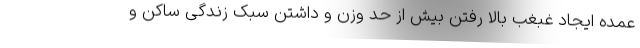
عمده ایجاد غبغب بالا رفتن بیش از حد وزن و داشتن سبک زندگی ساکن و